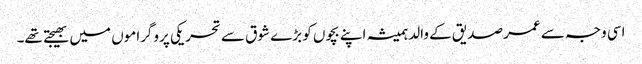
اسی وجہ سے عمر صدیق کے والد ہمیشہ اپنے بچوں کو بڑے شوق سے تحریکی پروگراموں میں بھیجتے تھے۔